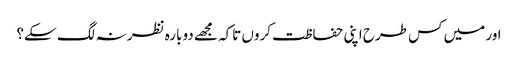
اور میں کس طرح اپنی حفاظت کروں تاکہ مجھے دوبارہ نظر نہ لگ سکے؟